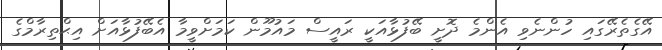
އޭގެތެރޭގައި ހުންނެވި އެންމެ ދޮށީ ބޭފުޅާއަކީ ރައީސް މައުމޫން ކަމަށްވީމާ އެބޭފުޅާއަށް އިޙްތިރާމްގެ